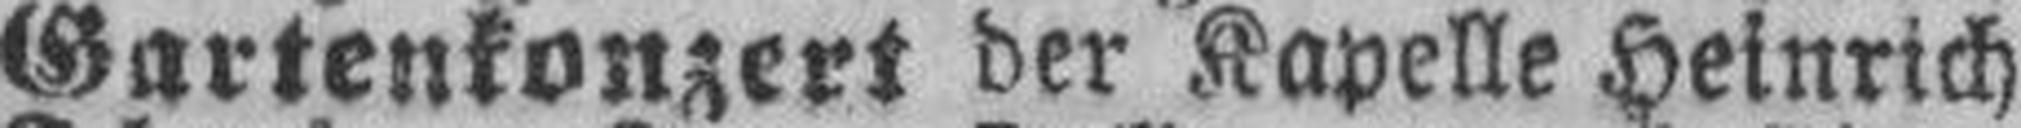
Gartenkonzert der Kapelle Heinrich